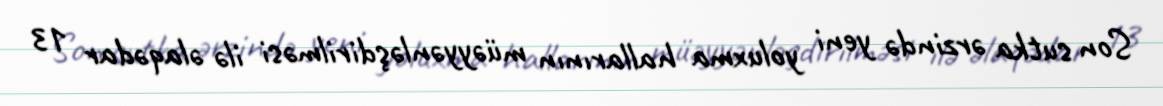
Son sutka ərzində yeni yoluxma hallarının müəyyənləşdirilməsi ilə əlaqədar 13